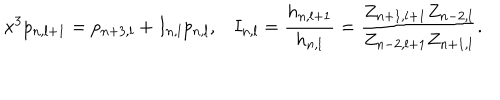
x ^ { 3 } p _ { n , l + 1 } = p _ { n + 3 , l } + I _ { n , l } p _ { n , l } , I _ { n , l } = \frac { h _ { n , l + 1 } } { h _ { n , l } } = \frac { Z _ { n + 1 , l + 1 } Z _ { n - 2 , l } } { Z _ { n - 2 , l + 1 } Z _ { n + 1 , l } } .